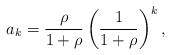
LaTeX: \begin{align*}a_k=\frac{\rho}{1+\rho}\left(\frac{1}{1+\rho}\right)^k,\end{align*}